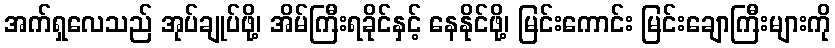
အက်ရှလေသည် အုပ်ချုပ်ဖို့၊ အိမ်ကြီးရခိုင်နှင့် နေနိုင်ဖို့၊ မြင်းကောင်း မြင်းချောကြီးများကို